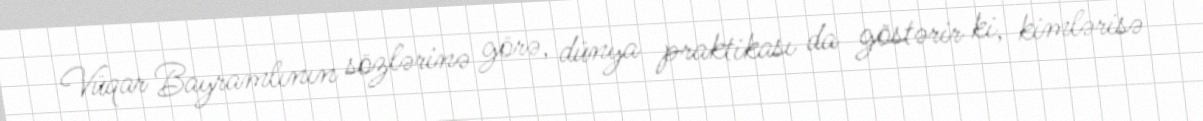
Vüqar Bayramlının sözlərinə görə, dünya praktikası da göstərir ki, kimlərisə